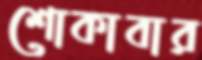
শোকাবার